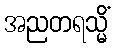
အညတရသ္မိံ